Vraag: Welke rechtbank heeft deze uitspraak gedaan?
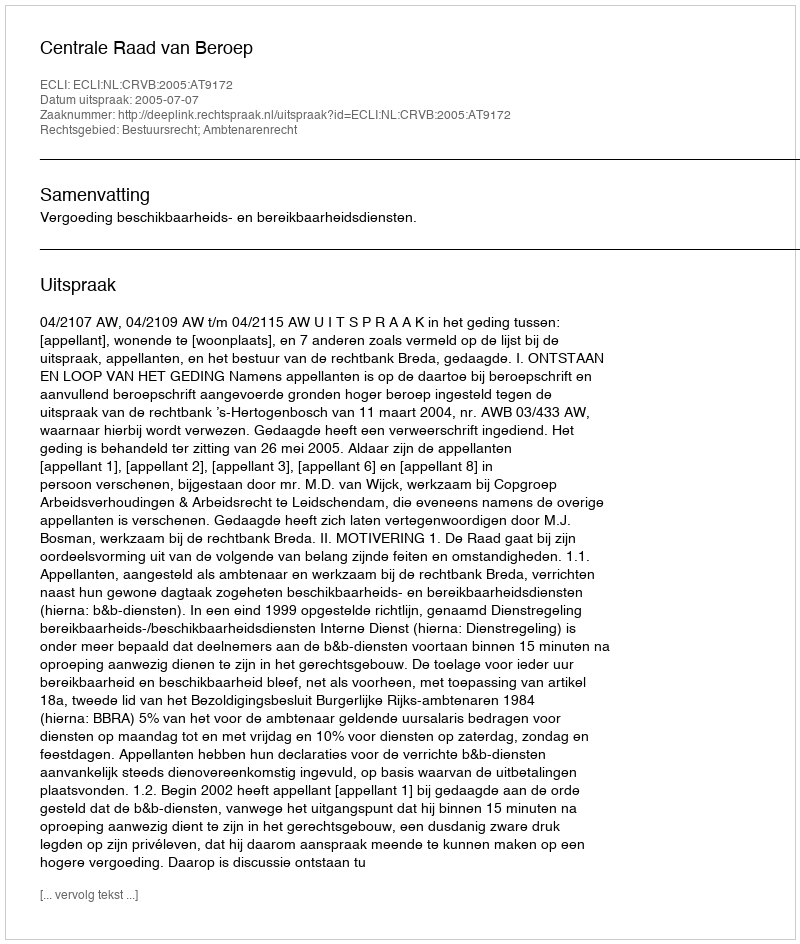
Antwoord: Centrale Raad van Beroep